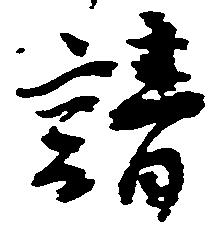
請